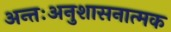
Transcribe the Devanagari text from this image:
अन्तःअनुशासनात्मक